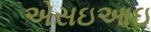
એસઇઆઇ